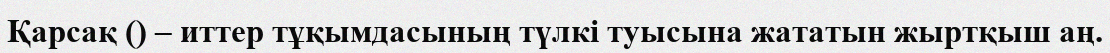
Қарсақ () – иттер тұқымдасының түлкі туысына жататын жыртқыш аң.